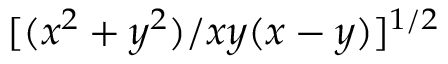
[ ( x ^ { 2 } + y ^ { 2 } ) / x y ( x - y ) ] ^ { 1 / 2 }